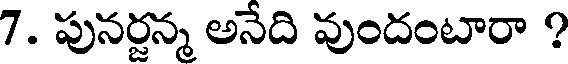
7. పునర్జన్మ అనేది వుందంటారా ?